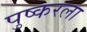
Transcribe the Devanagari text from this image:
पुष्करला